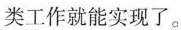
类工作就能实现了。